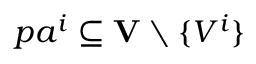
p a ^ { i } \subseteq \mathbf { V } \setminus \{ V ^ { i } \}